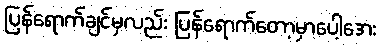
ပြန်ရောက်ချင်မှလည်း ပြန်ရောက်တော့မှာပေါ့အေး